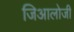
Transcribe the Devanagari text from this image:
जिआलोजी